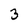
Character: 3